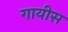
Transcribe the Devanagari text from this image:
गायीस